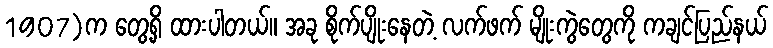
1907)က တွေ့ရှိ ထားပါတယ်။ အခု စိုက်ပျိုးနေတဲ့ လက်ဖက် မျိုးကွဲတွေကို ကချင်ပြည်နယ်